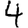
Digit: 4